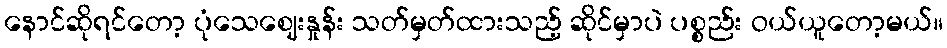
နောင်ဆိုရင်တော့ ပုံသေဈေးနှုန်း သတ်မှတ်ထားသည့် ဆိုင်မှာပဲ ပစ္စည်း ဝယ်ယူတော့မယ်။